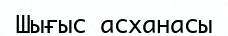
Шығыс асханасы